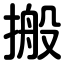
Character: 搬